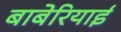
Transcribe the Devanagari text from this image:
बाबेरियाई